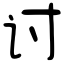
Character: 讨